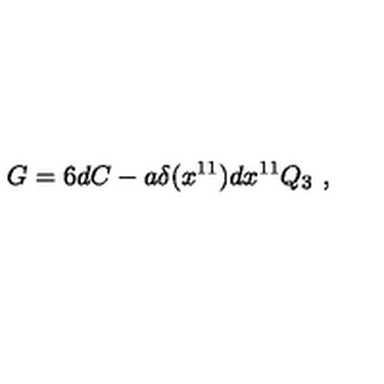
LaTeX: G = 6 d C - a \delta ( x ^ { 1 1 } ) d x ^ { 1 1 } Q _ { 3 } \ ,